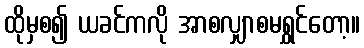
ထိုမှစ၍ ယခင်ကလို အာစလျှာစမရွှင်တော့။